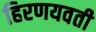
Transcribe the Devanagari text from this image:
हिरणयवती